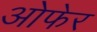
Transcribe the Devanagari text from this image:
ओफेर